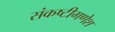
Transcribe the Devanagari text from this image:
संकष्टीगणेश